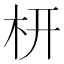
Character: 枅